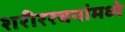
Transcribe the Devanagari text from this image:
शरीररचनांमध्ये